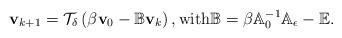
LaTeX: \begin{align*} {\bf v}_{k+1} = {\cal T}_\delta \left(\beta{\bf v}_{0} - \mathbb{B} {\bf v}_{k}\right),\mbox{with} \mathbb{B}= \beta \mathbb{A}_0^{-1} \mathbb{A}_\epsilon - \mathbb{E}.\end{align*}